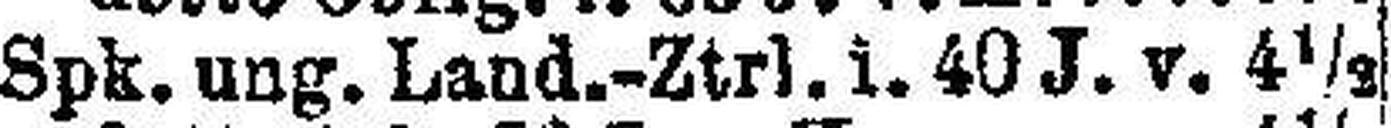
Spk. ung. Land.-Ztrl. i. 40 J. v. 4½